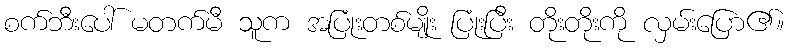
စက်ဘီးပေါ် မတက်မီ သူက အပြုံးတစ်မျိုး ပြုံးပြီး တိုးတိုးကို လှမ်းပြော၏။